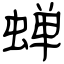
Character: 蝉